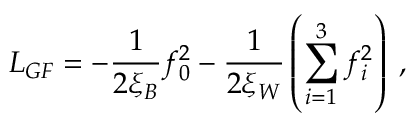
{ \cal L } _ { G F } = - \frac { 1 } { 2 \xi _ { B } } f _ { 0 } ^ { 2 } - \frac { 1 } { 2 \xi _ { W } } \left( \sum _ { i = 1 } ^ { 3 } f _ { i } ^ { 2 } \right) \; , \nonumber